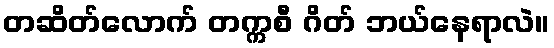
တဆိတ်လောက် တက္ကစီ ဂိတ် ဘယ်နေရာလဲ။